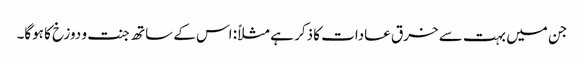
جن میں بہت سے خرق عادات کا ذکر ہے مثلاً: اس کے ساتھ جنت و دوزخ کا ہوگا۔